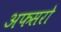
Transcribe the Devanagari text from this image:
अफसरो